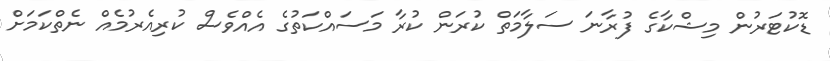
ޑޮކުޓަރުން މިޝްކާގެ ފުރާނަ ސަލާމަތް ކުރަން ކުރާ މަސައްކަތުގެ އެއްވެސް ކުރިއެރުމެއް ނެތްކަމަށް